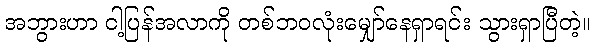
အဘွားဟာ ငါ့ပြန်အလာကို တစ်ဘဝလုံးမျှော်နေရှာရင်း သွားရှာပြီတဲ့။